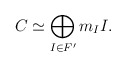
\begin{align*}C \simeq \bigoplus_{I \in F'} m_I I.\end{align*}